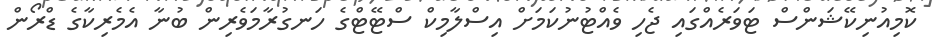
ކޮމިއުނިކޭޝަންސް ޓަވަރެއްގައި ޖެހި ވެއްޓުނުކަމަށް އިސްލާމިކް ސްޓޭޓްގެ ހަނގުރާމަވެރިން ބުނާ އެމެރިކާގެ ޑްރޯން